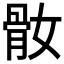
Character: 𩨚